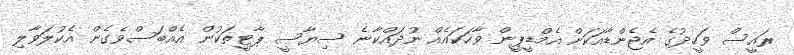
ރައީސް ވަހީދުގެ އެޖެންޑާއަކަށް އެމްޑީޕީން ވާހަކައެއް ނުދައްކާނެ ސިޔާސީ ޕާޓީތަކުން އެއްބަސްވެގެން އެކުލަވާލި